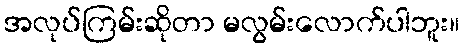
အလုပ်ကြမ်းဆိုတာ မလွမ်းလောက်ပါဘူး။